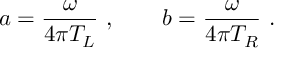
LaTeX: a = { \frac { \omega } { 4 \pi T _ { L } } } \ , \qquad b = { \frac { \omega } { 4 \pi T _ { R } } } \ .